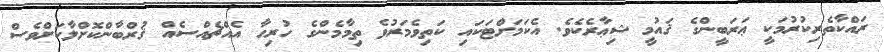
ރައްކާތެރިކުރުމަކީ ޢަރަބީންގެ ޤައުމީ ޝިޢާރެކެވެ. އެކަމަށްޓަކައި ކަތިވެމަރުވެ ތިމާމެންގެ ހުރިހާ އެއްޗެއްސެއް ޤުރްބާންކޮށްލާކަށްވެސް